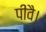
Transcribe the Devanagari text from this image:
पीवै।